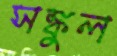
সঙ্কুল